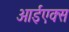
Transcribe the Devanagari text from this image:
आईएक्स